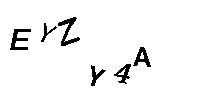
EYZY4A